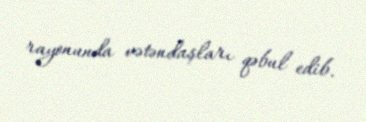
rayonunda vətəndaşları qəbul edib.